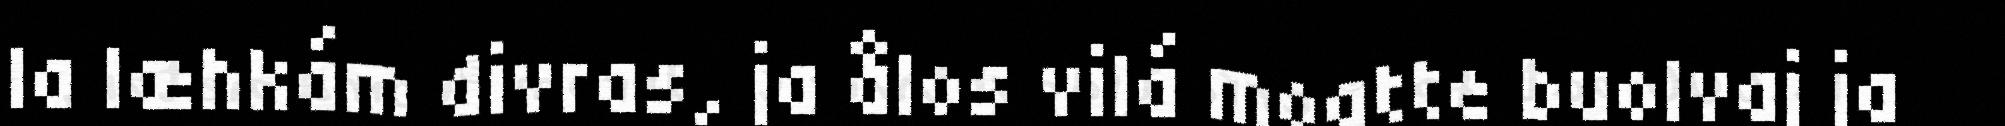
la læhkám divras, ja ålos vilá moatte buolvaj ja